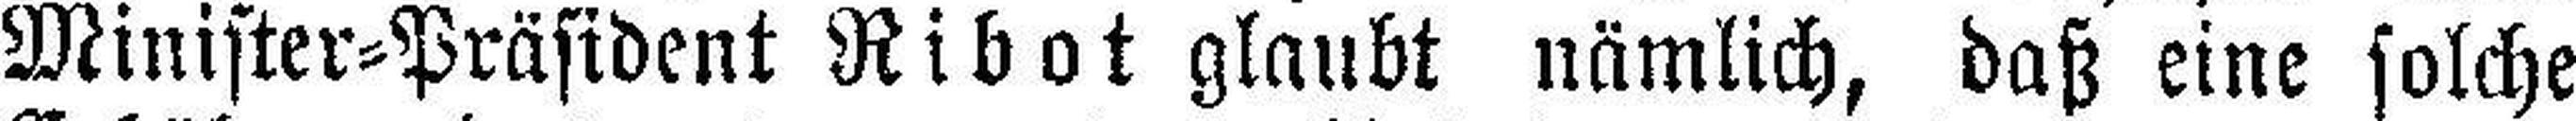
Minister=Präsident Ribot glaubt nämlich, daß eine solche